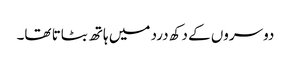
دوسروں کے دکھ درد میں ہاتھ بٹاتا تھا۔